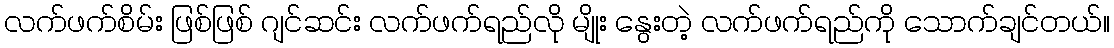
လက်ဖက်စိမ်း ဖြစ်ဖြစ် ဂျင်ဆင်း လက်ဖက်ရည်လို မျိုး နွေးတဲ့ လက်ဖက်ရည်ကို သောက်ချင်တယ်။